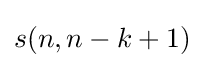
s(n,n-k+1)